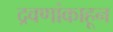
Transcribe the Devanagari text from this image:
द्रवणांकाहून